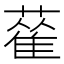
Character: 𦻃